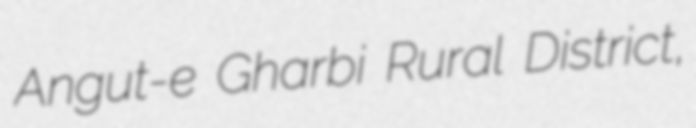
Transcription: Angut-e Gharbi Rural District,